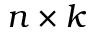
n \times k